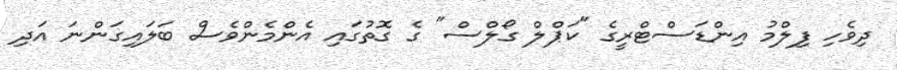
ދިވެހި ފިލްމު އިންޑަސްޓްރީގެ "ކަޕްލް ގޯލްސް" ގެ ގޮތުގައި އެންމެންވެސް ބަލައިގަންނަ އަދި